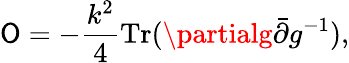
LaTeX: \mathsf{O}=-{\frac{{k^{2}}}{{4}}}\mathrm{{Tr}}(\partialg\bar{{\partial}}g^{-1}),